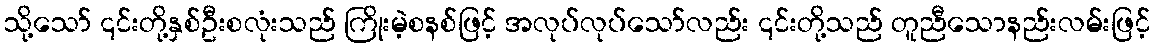
သို့သော် ၎င်းတို့နှစ်ဦးစလုံးသည် ကြိုးမဲ့စနစ်ဖြင့် အလုပ်လုပ်သော်လည်း ၎င်းတို့သည် တူညီသောနည်းလမ်းဖြင့်